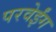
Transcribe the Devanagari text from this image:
परवेईंग